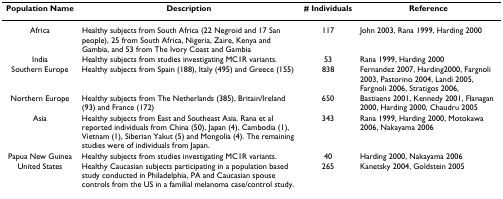
| Population Name | Description | # Individuals | Reference |
 | --- | --- | --- | --- |
 | Africa | Healthy subjects from South Africa (22 Negroid and 17 San people), 25 from South Africa, Nigeria, Zaire, Kenya and Gambia, and 53 from The Ivory Coast and Gambia | 117 | John 2003, Rana 1999, Harding 2000 |
 | India | Healthy subjects from studies investigating MC1R variants. | 53 | Rana 1999, Harding 2000 |
 | Southern Europe | Healthy subjects from Spain (188), Italy (495) and Greece (155) | 838 | Fernandez 2007, Harding2000, Fargnoli 2003, Pastorino 2004, Landi 2005, Fargnoli 2006, Stratigos 2006, |
 | Northern Europe | Healthy subjects from The Netherlands (385), Britain/Ireland (93) and France (172) | 650 | Bastiaens 2001, Kennedy 2001, Flanagan 2000, Harding 2000, Chaudru 2005 |
 | Asia | Healthy subjects from East and Southeast Asia. Rana et al reported individuals from China (50), Japan (4), Cambodia (1), Vietnam (1), Siberian Yakut (5) and Mongolia (4). The remaining studies were of individuals from Japan. | 343 | Rana 1999, Harding 2000, Motokawa 2006, Nakayama 2006 |
 | Papua New Guinea | Healthy subjects from studies investigating MC1R variants. | 40 | Harding 2000, Nakayama 2006 |
 | United States | Healthy Caucasian subjects participating in a population based study conducted in Philadelphia, PA and Caucasian spouse controls from the US in a familial melanoma case/control study. | 265 | Kanetsky 2004, Goldstein 2005 |